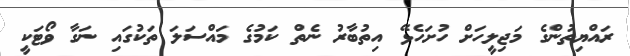
ރައްޔިތުންގެ މަޖިލީހަށް ހުށަހެޅޭ އިތުބާރު ނެތް ކަމުގެ މައްސަލަ ތަކުގައި ނަގާ ވޯޓަކީ